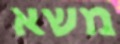
משא